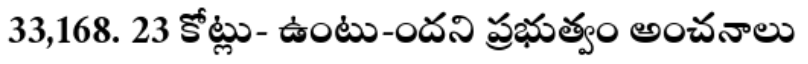
33,168. 23 కోట్లు- ఉంటు-ందని ప్రభుత్వం అంచనాలు